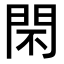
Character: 𨳫